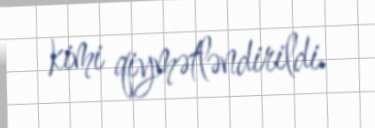
kimi qiymətləndirildi.